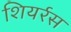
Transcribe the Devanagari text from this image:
शियर्रस